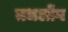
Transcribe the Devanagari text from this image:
तधलोंग